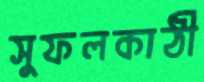
সুফলকাঠী